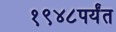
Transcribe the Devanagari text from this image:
१९४८पर्यंत